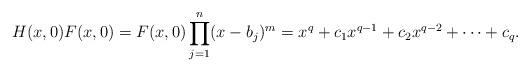
LaTeX: \begin{align*} H(x,0)F(x,0) = F(x,0)\prod_{j=1}^n (x-b_j)^m =x^q + c_1x^{q-1} + c_2x^{q-2} + \cdots + c_q.\end{align*}